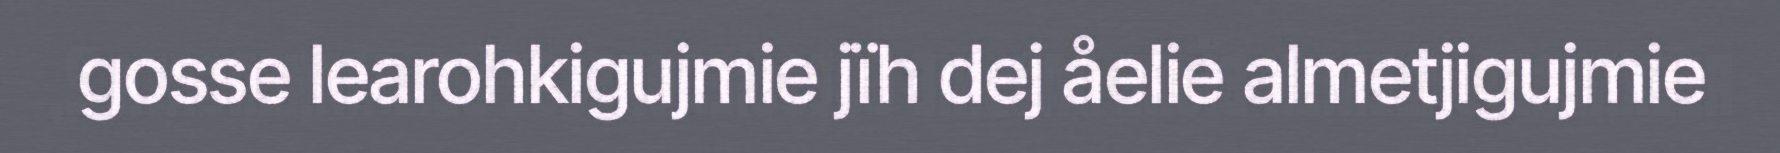
gosse learohkigujmie jïh dej åelie almetjigujmie